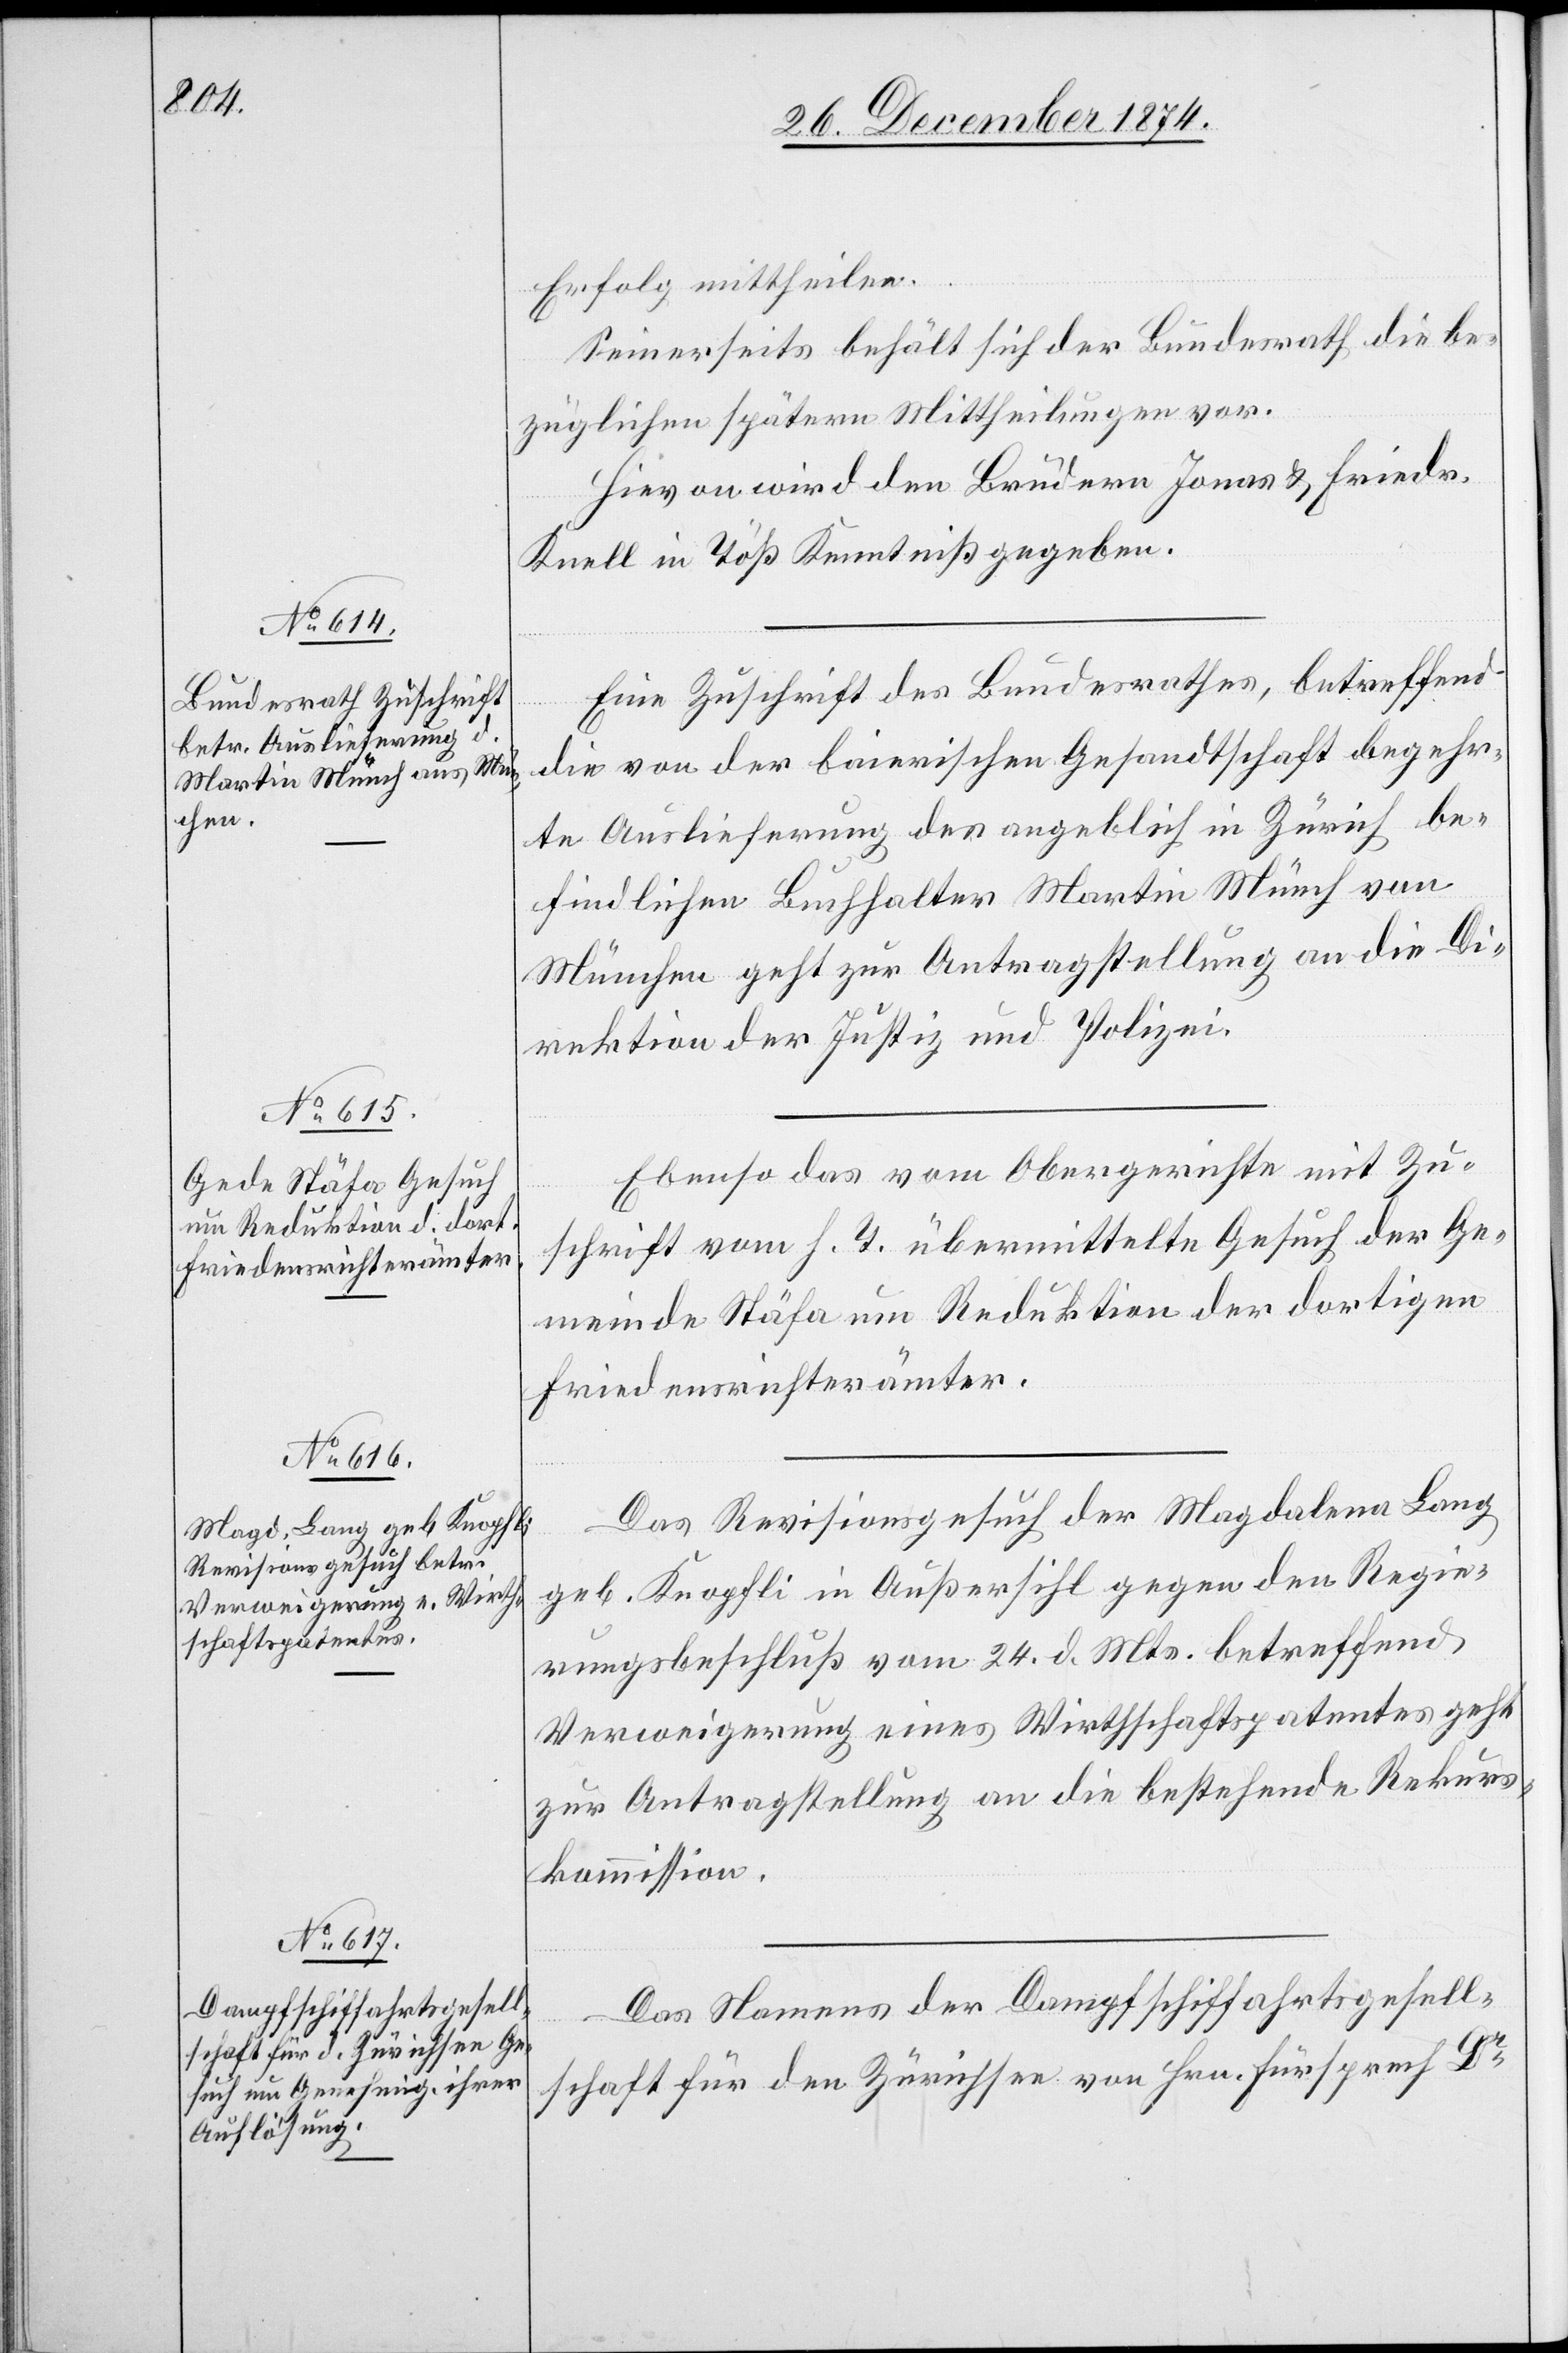
28. December 1874.]
Erfolg mittheilen.
Seinerseits behält sich der Bundesrath die be¬
züglichen spätern Mittheilungen vor.
Hievon wird den Brüdern Jonas & Friedr.
Knell in Töß Kenntniß gegeben.
Eine Zuschrift des Bundesrathes, betreffend
die von der baierischen Gesandtschaft begehr¬
te Auslieferung des angeblich in Zürich be¬
findlichen Buchhalter Martin Münch von
München geht zur Antragstellung an die Di¬
rektion der Justiz und Polizei.
Ebenso das vom Obergerichte mit Zu¬
schrift vom h. T. übermittelte Gesuch der Ge¬
meinde Stäfa um Reduktion der dortigen
Friedensrichterämter.
Das Revisionsgesuch der Magdalena Lang
geb. Knopfli in Auißersihl gegen den Regie¬
rungsbeschluß vom 24. d. Mts. betreffend
Verweigerung eines Wirthschaftspatentes geht
zur Antragstellung an die bestehende Rekurs¬
kommission.
Das Namens der Dampfschiffahrtsgesell¬
schaft für den Zürichsee von Hrn. Fürsprech Dr